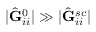
| \hat { \mathbf { G } } _ { i i } ^ { 0 } | \gg | \hat { \mathbf { G } } _ { i i } ^ { s c } |